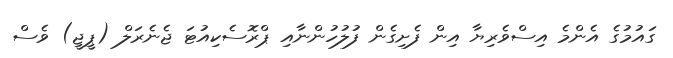
ގައުމުގެ އެންމެ އިސްވެރިޔާ އިން ފެށިގެން ފުލުހުންނާއި ޕްރޮސެކިއުޓަ ޖެނެރަލް (ޕީޖީ) ވެސް